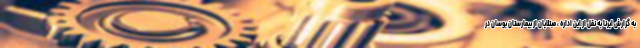
به گزارش ایرنا به نقل از این اداره ، مبتلایان از بیمارستان بوسان در